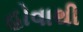
હોવાથી